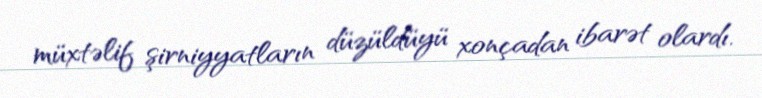
müxtəlif şirniyyatların düzüldüyü xonçadan ibarət olardı.